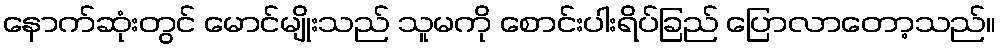
နောက်ဆုံးတွင် မောင်မျိုးသည် သူမကို စောင်းပါးရိပ်ခြည် ပြောလာတော့သည်။